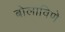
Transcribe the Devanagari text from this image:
बोलाविणे